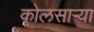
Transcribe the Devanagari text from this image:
कोलसाऱ्या